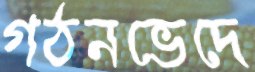
গঠনভেদে